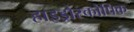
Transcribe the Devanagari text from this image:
हाइड्रोस्कोपिक